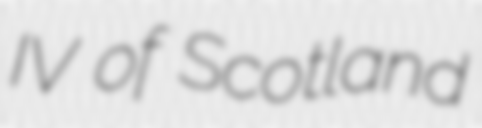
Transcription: IV of Scotland